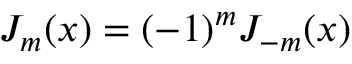
J _ { m } ( x ) = ( - 1 ) ^ { m } J _ { - m } ( x )